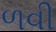
ળવી